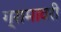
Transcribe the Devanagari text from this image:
ग्रामावरी